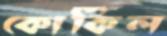
কোকিল